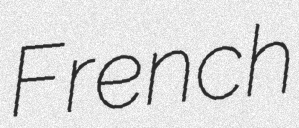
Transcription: French